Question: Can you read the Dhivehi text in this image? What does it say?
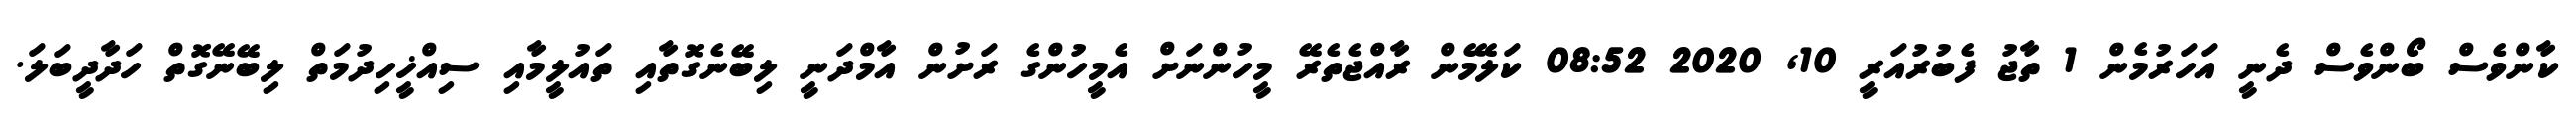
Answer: ކާންވެސް ބޯންވެސް ދެނީ އަހަރުމެން 1 ތާޖު ފެބުރުއަރީ 10, 2020 08:52 ކަލޭމެން ރާއްޖެތެރޭ މީހުންނަށް އެމީހުންގެ ރަށުން އާމްދަނީ ލިބޭނެގޮތާއި ތައުލީމާއި ސިއްޚީހިދުމަތް ލިބޭނޭގޮތް ހަދާދީބަލަ.